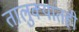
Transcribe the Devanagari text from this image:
तालुक्यांतही